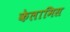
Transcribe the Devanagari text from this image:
केलामिस